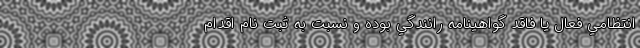
انتظامي فعال يا فاقد گواهينامه رانندگي بوده و نسبت به ثبت نام اقدام